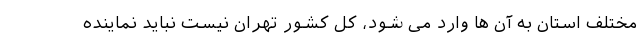
مختلف استان به آن ها وارد می شود، کل کشور تهران نیست نباید نماینده